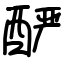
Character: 酽